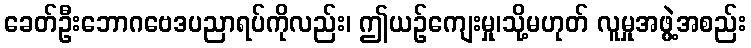
ခေတ်ဦးဘောဂဗေဒပညာရပ်ကိုလည်း၊ ဤယဉ်ကျေးမှု၊သို့မဟုတ် လူမှုအဖွဲ့အစည်း